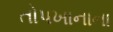
તોપખાનાના